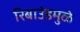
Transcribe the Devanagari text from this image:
रिबाउंडमुळे